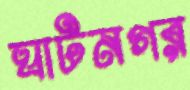
ঘাটনগর